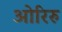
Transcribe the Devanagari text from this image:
ओरिरु